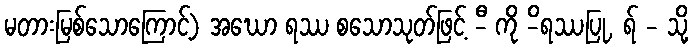
မတားမြစ်သောကြောင့်) အဃော ရဿ စသောသုတ်ဖြင့် -ီ ကို -ိရဿပြု, ရ် - သို့